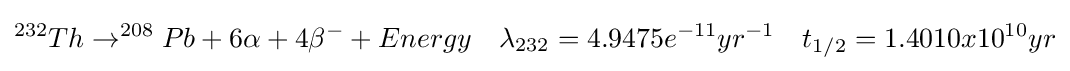
^{232}Th\rightarrow ^{208}Pb+6\alpha +4\beta ^{-}+Energy\quad \lambda _{232}=4.9475{e}^{-11}yr^{-1}\quad t_{1/2}=1.4010x10^{10}yr